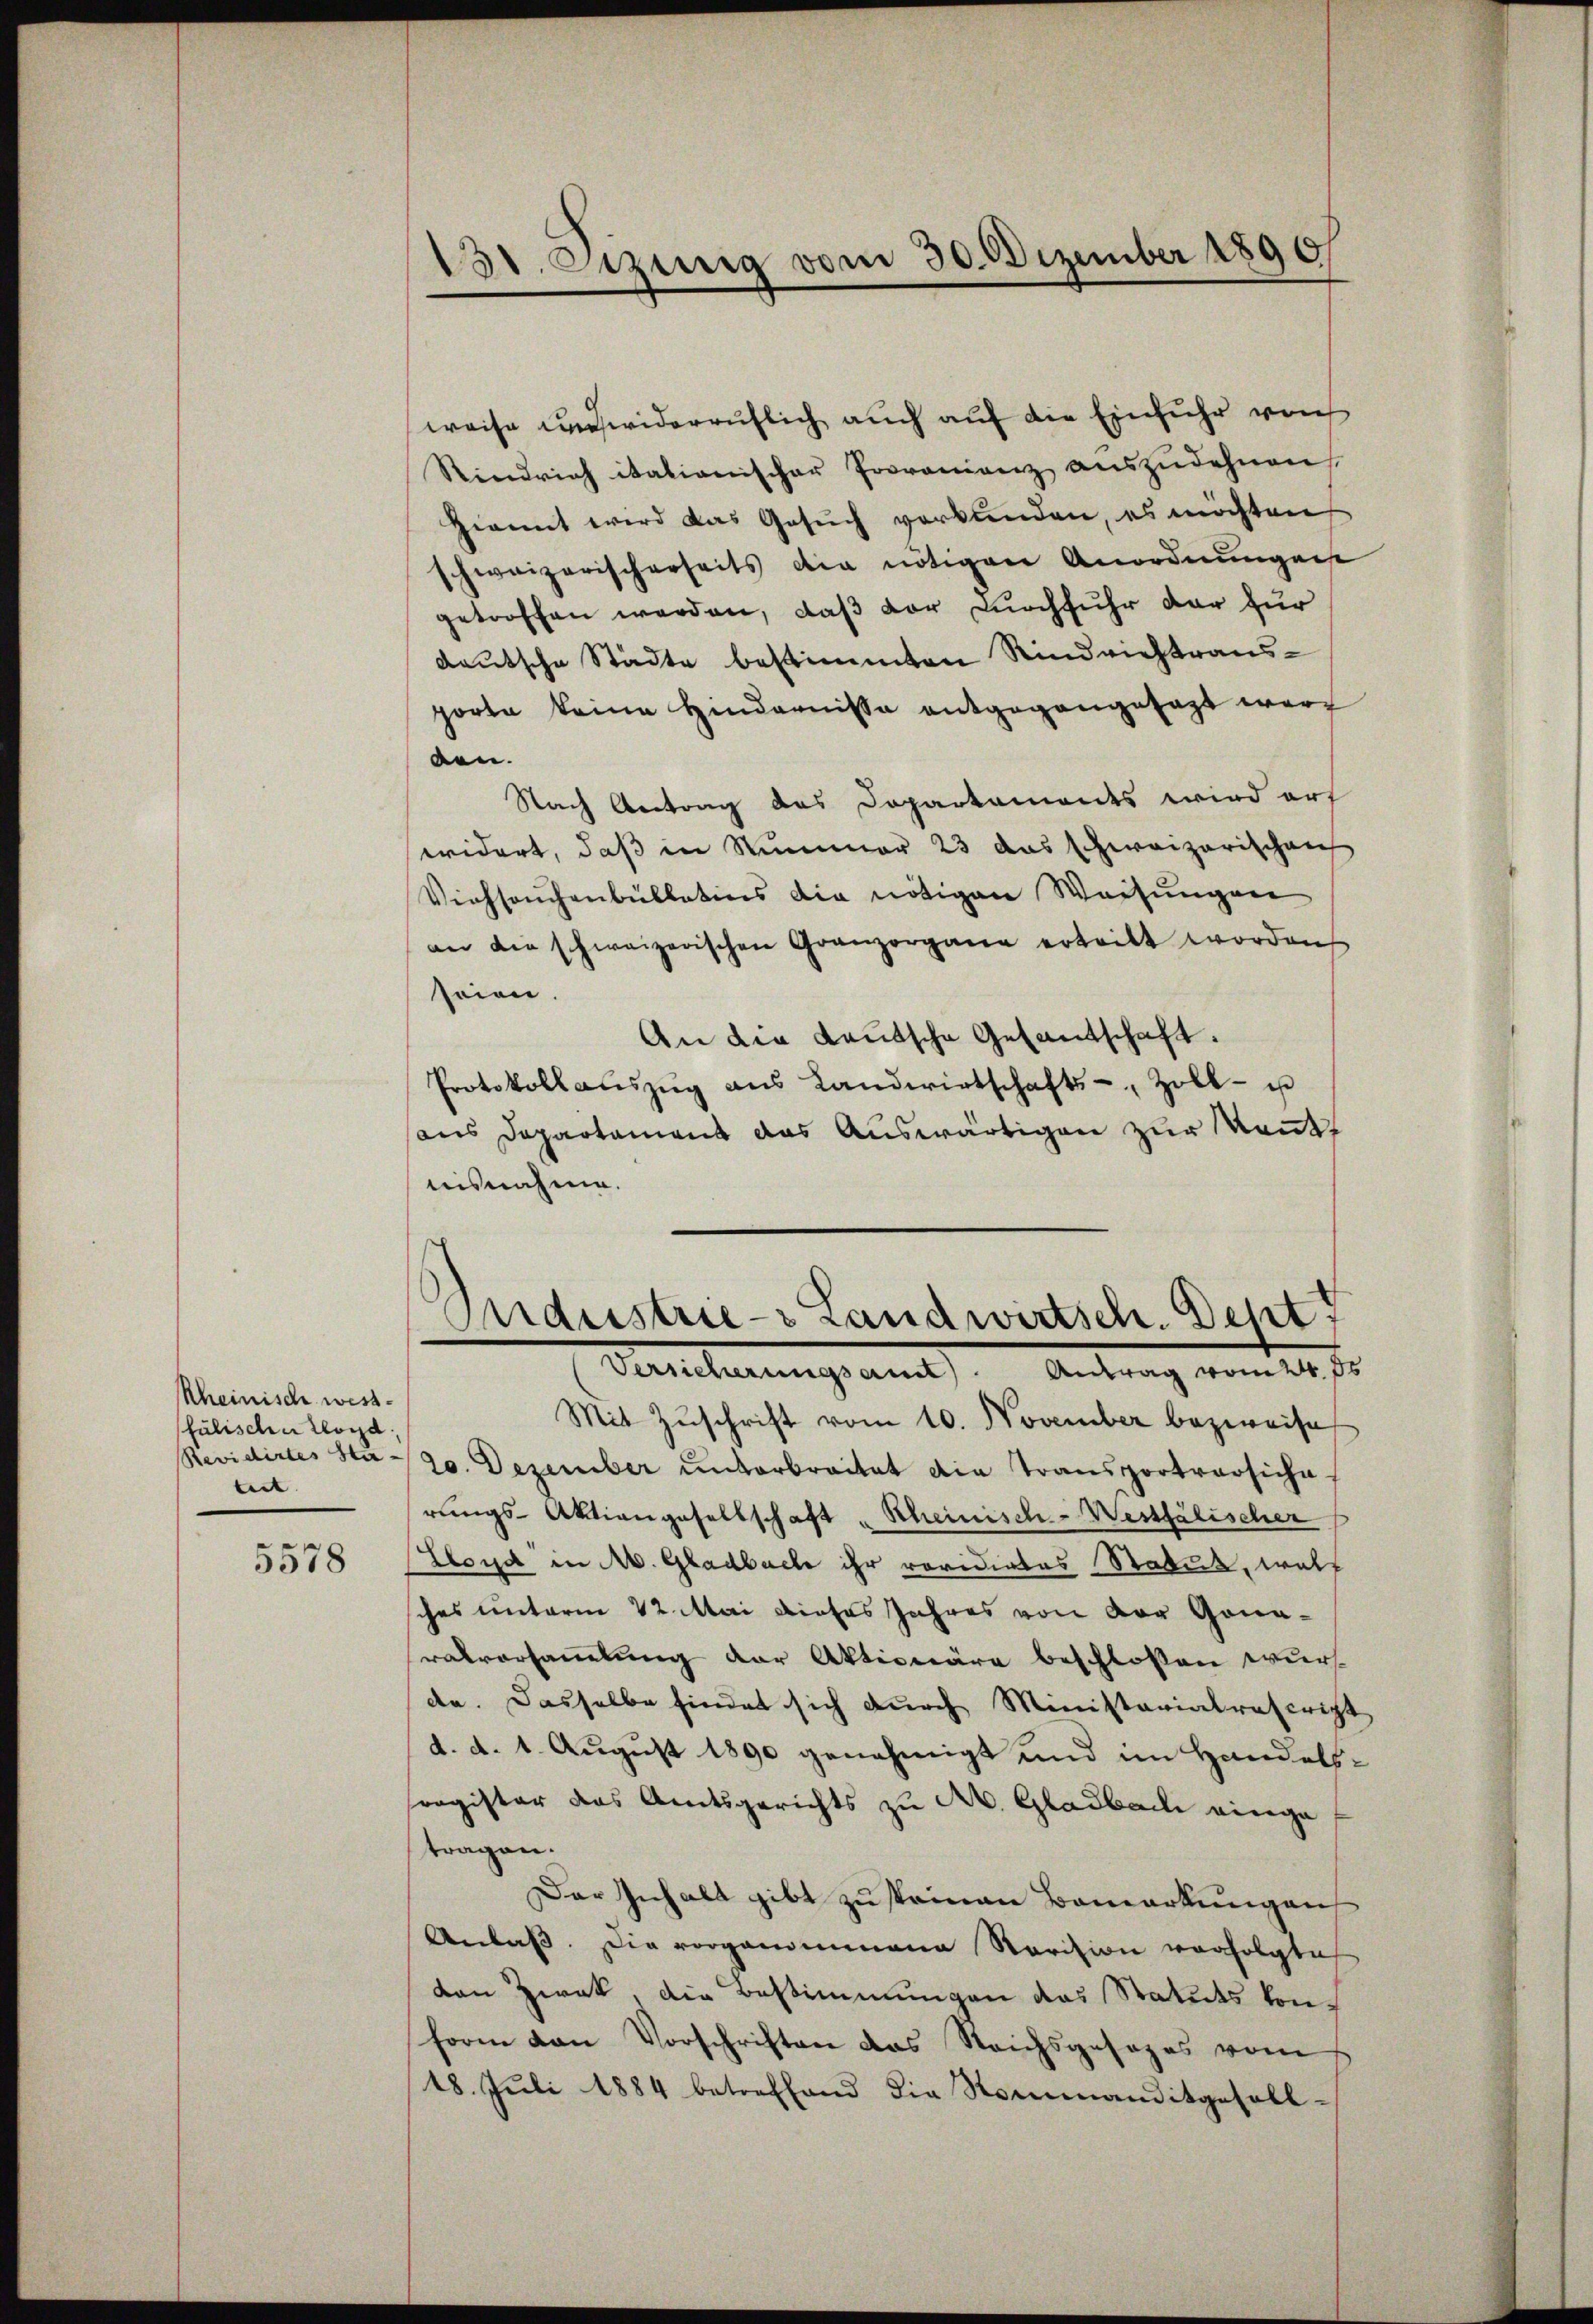
Rheinische wessfulischen Lloyd
teit |

5578

weise unwiderruflich auch auf die Einfuhr von
Stindrich itationischer Provanienz aŭszŭdehnen
Hiemit wird das Gesŭch verbunden, es möchten
schweizerischerheits die nötigen Anordnungen
getroffen werden, daß der Durchfuhr dar zur
deutsche Städte bestimmten Rindviehtraus-
porte keine Hindernisse entgegangesagt werd
den.
Nach Antrag des Departements wird art
widert, daß in Nummer 23 das schweizerischen
Viehseuchenbullations die nötigen Weisungen
an die schweizerischen Granzorgane erteilt worden,
seien.
An die Kautsche Gesandschaft.
Protokollaŭszŭg aŭs Landwirtschafts-, Zoll- u
aus Departament das Auswärtigen zur Kant
nisnahme.

3t. Sizung vom 30. Dezember 1890
.

Andustrie-Landwirtsch. Dept 1
Versicherungsant. Antrag vom 24. ds

Mit Zuschrift vom 10. November bezweife
Revidirtes Sta - 30. Dezember unterbreitet die Transportversiche
rŭngs-Aktiengesellschaft „Scheinische-Wessfälischer
Lloyd“ in M. Gladbache ihr revidirtes Status, welch
ches unterm 22. Mai dieses Jahres von vor Gonaratversamlung der Aktionäre beschlossen wurde. Dasselbe findet sich durch Ministerialrascript
d. d. 1. August 1890 genehmigt und im Handelssregister das Amtsgerichts zu M. Gladbach einge
tragen.
Der Inhalt gibt zu steinen Bemerkungen
Anlaß. Die vorgenommene Revision verfolgte
den Zwak, die Bestimmungen das Statuts konform von Vorschriften das Reichsgesezes vom
18. Jŭli 1884 betreffend die Seemanditgesell-